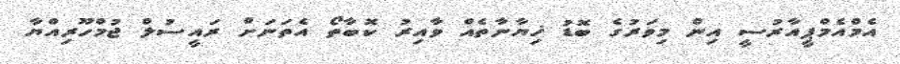
އެމްއެމްޕީއާރުސީ އިން މިވަރުގެ ބޮޑު ޚިޔާނާތެއް ވާއިރު ކޮބާތޯ އެތަނަށް ރައީސުލް ޖުމްހޫރިއްޔާ